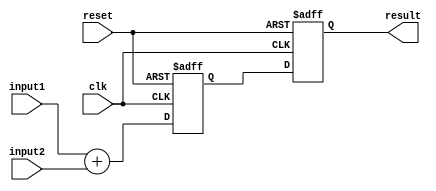
module fixed_point_adder(
    input [15:0] input1,
    input [15:0] input2,
    input clk,
    input reset,
    output reg [15:0] result
);

reg [15:0] sum;

always @(posedge clk or posedge reset) begin
    if (reset) begin
        sum <= 16'b0;
        result <= 16'b0;
    end else begin
        sum <= input1 + input2;
        result <= sum;
    end
end

endmodule